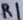
Text: R1